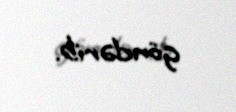
göndərib.